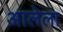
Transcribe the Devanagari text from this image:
अालेला